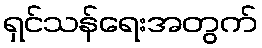
ရှင်သန်ရေးအတွက်